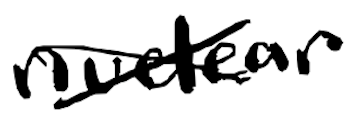
Text: nuclear
Cross-out: cross
Writing tool: digital_black